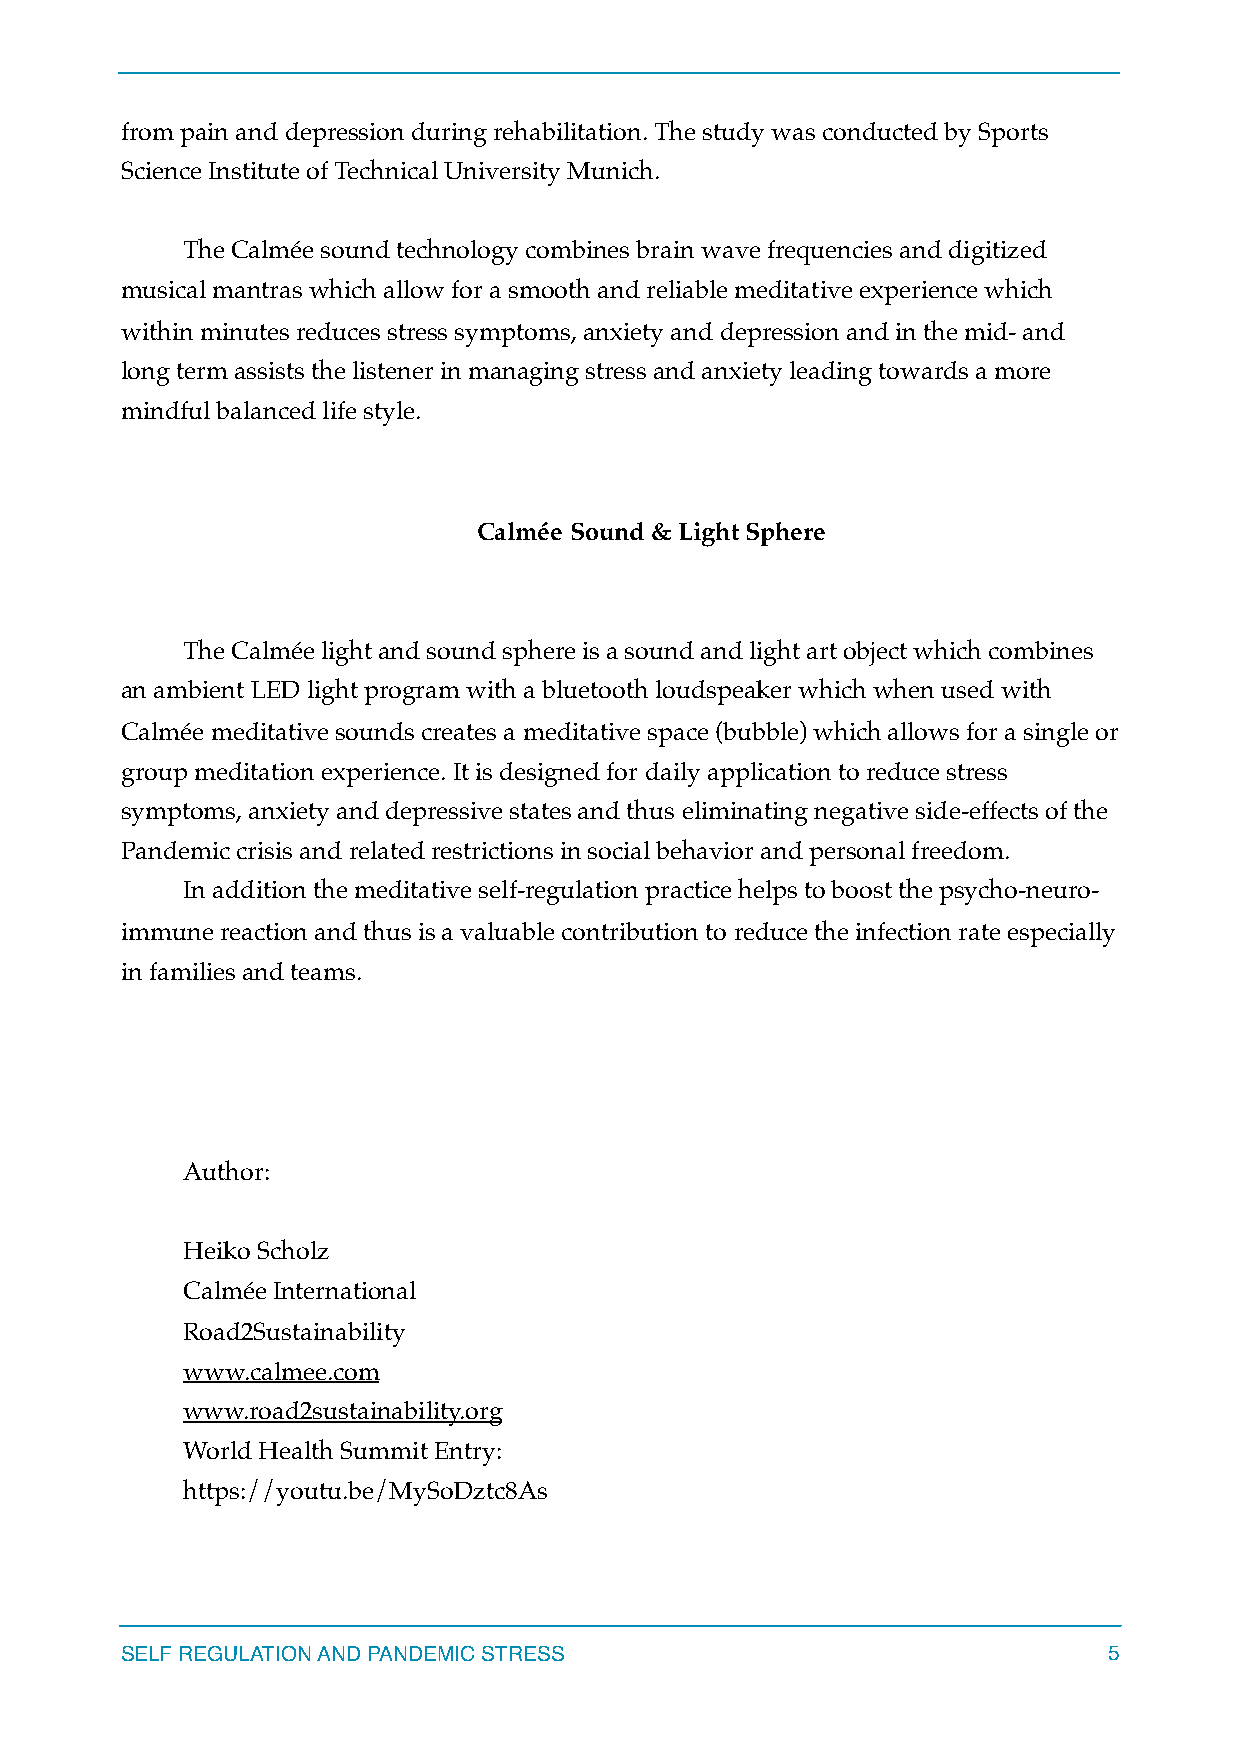
from pain and depression during rehabilitation. The study was conducted by Sports
 Science Institute of Technical University Munich.
 The Calmée sound technology combines brain wave frequencies and digitized
 musical mantras which allow for a smooth and reliable meditative experience which
 within minutes reduces stress symptoms, anxiety and depression and in the mid- and
 long term assists the listener in managing stress and anxiety leading towards a more
 mindful balanced life style.
 Calmée Sound & Light Sphere
 The Calmée light and sound sphere is a sound and light art object which combines
 an ambient LED light program with a bluetooth loudspeaker which when used with
 Calmée meditative sounds creates a meditative space (bubble) which allows for a single or
 group meditation experience. It is designed for daily application to reduce stress
 symptoms, anxiety and depressive states and thus eliminating negative side-effects of the
 Pandemic crisis and related restrictions in social behavior and personal freedom.
 In addition the meditative self-regulation practice helps to boost the psycho-neuro-
 immune reaction and thus is a valuable contribution to reduce the infection rate especially
 in families and teams.
 Author:
 Heiko Scholz
 Calmée International
 Road2Sustainability
 www.calmee.com
 www.road2sustainability.org
 World Health Summit Entry:
 https://youtu.be/MySoDztc8As
 SELF REGULATION AND PANDEMIC STRESS                              5